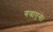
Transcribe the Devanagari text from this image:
गवाएंगे।